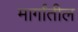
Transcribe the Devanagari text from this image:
मार्गांतील